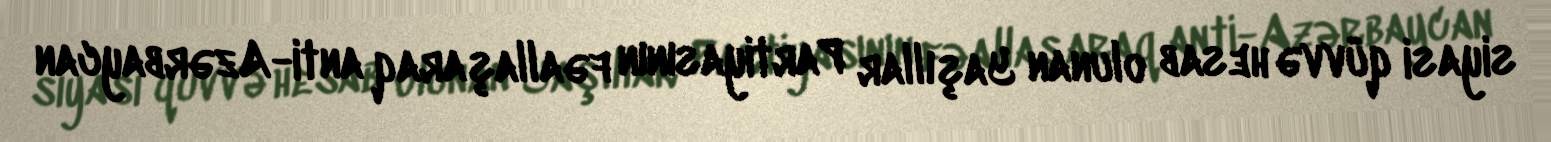
siyasi qüvvə hesab olunan Yaşıllar Partiyasının fəallaşaraq anti-Azərbaycan